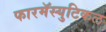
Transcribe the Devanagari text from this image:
फारमॅस्युटिकल